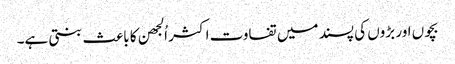
بچوں اور بڑوں کی پسند میں تفاوت اکثر اُلجھن کا باعث بنتی ہے۔